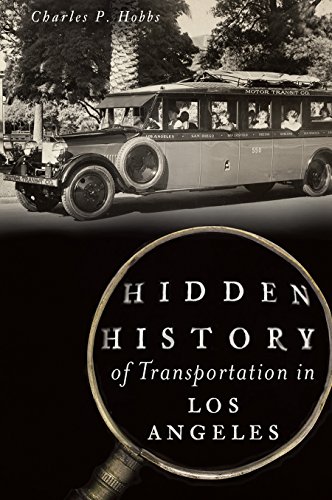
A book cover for Hidden History of Transportation in Los Angeles; Charles P. Hobbs; Engineering & Transportation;